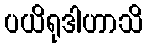
ပယိရုဒါဟာသိ